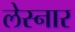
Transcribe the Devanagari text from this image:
लेस्नार